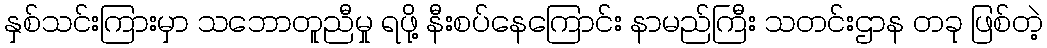
နှစ်သင်းကြားမှာ သဘောတူညီမှု ရဖို့ နီးစပ်နေကြောင်း နာမည်ကြီး သတင်းဌာန တခု ဖြစ်တဲ့